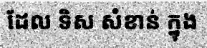
ដែល ទិស សំខាន់ ក្នុង